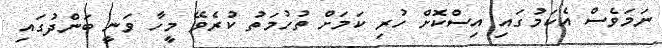
ނަމަވެސް އެކަމުގައި އިސްކޮށް ހުރި ކަމަށް ތުހުމަތު ކުރެވޭ މީހާ ވަނީ ބަންދުގައި